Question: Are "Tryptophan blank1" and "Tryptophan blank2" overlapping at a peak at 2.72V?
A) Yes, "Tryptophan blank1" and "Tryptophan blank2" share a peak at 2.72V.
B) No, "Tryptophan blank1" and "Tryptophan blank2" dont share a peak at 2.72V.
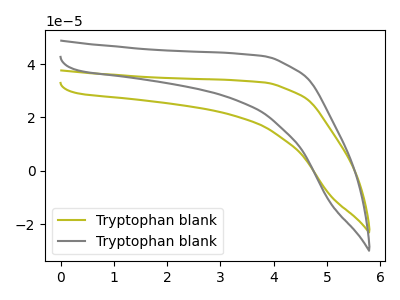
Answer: <think>The olive curve "Tryptophan blank1" has no peaks. The gray curve "Tryptophan blank2" has no peaks.</think>
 <answer>B) No, "Tryptophan blank1" and "Tryptophan blank2" dont share a peak at 2.72V.</answer>
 <eval>B</eval>